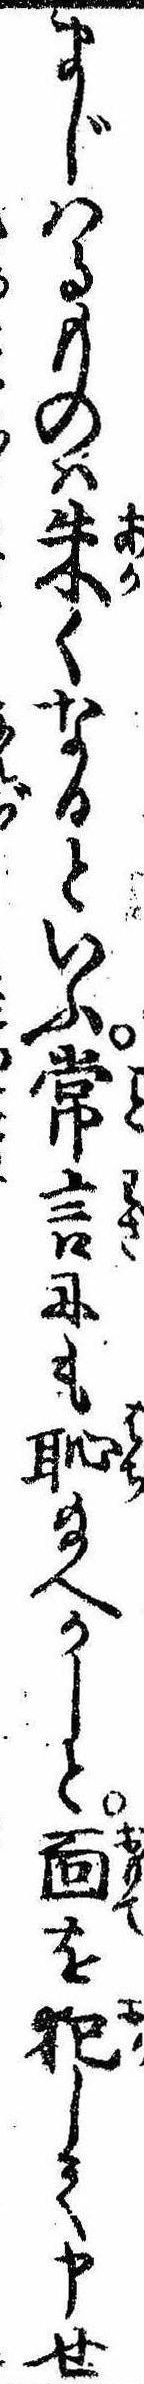
まじわるものは朱くなるといふ常言にも恥給へかしと面を犯して申せ